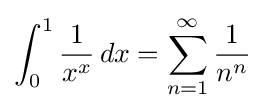
\int _{0}^{1}{\frac {1}{x^{x}}}\,dx=\sum _{n=1}^{\infty }{\frac {1}{n^{n}}}